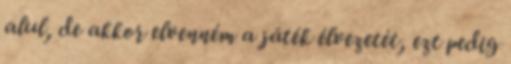
alul, de akkor elvenném a játék élvezetét, ezt pedig